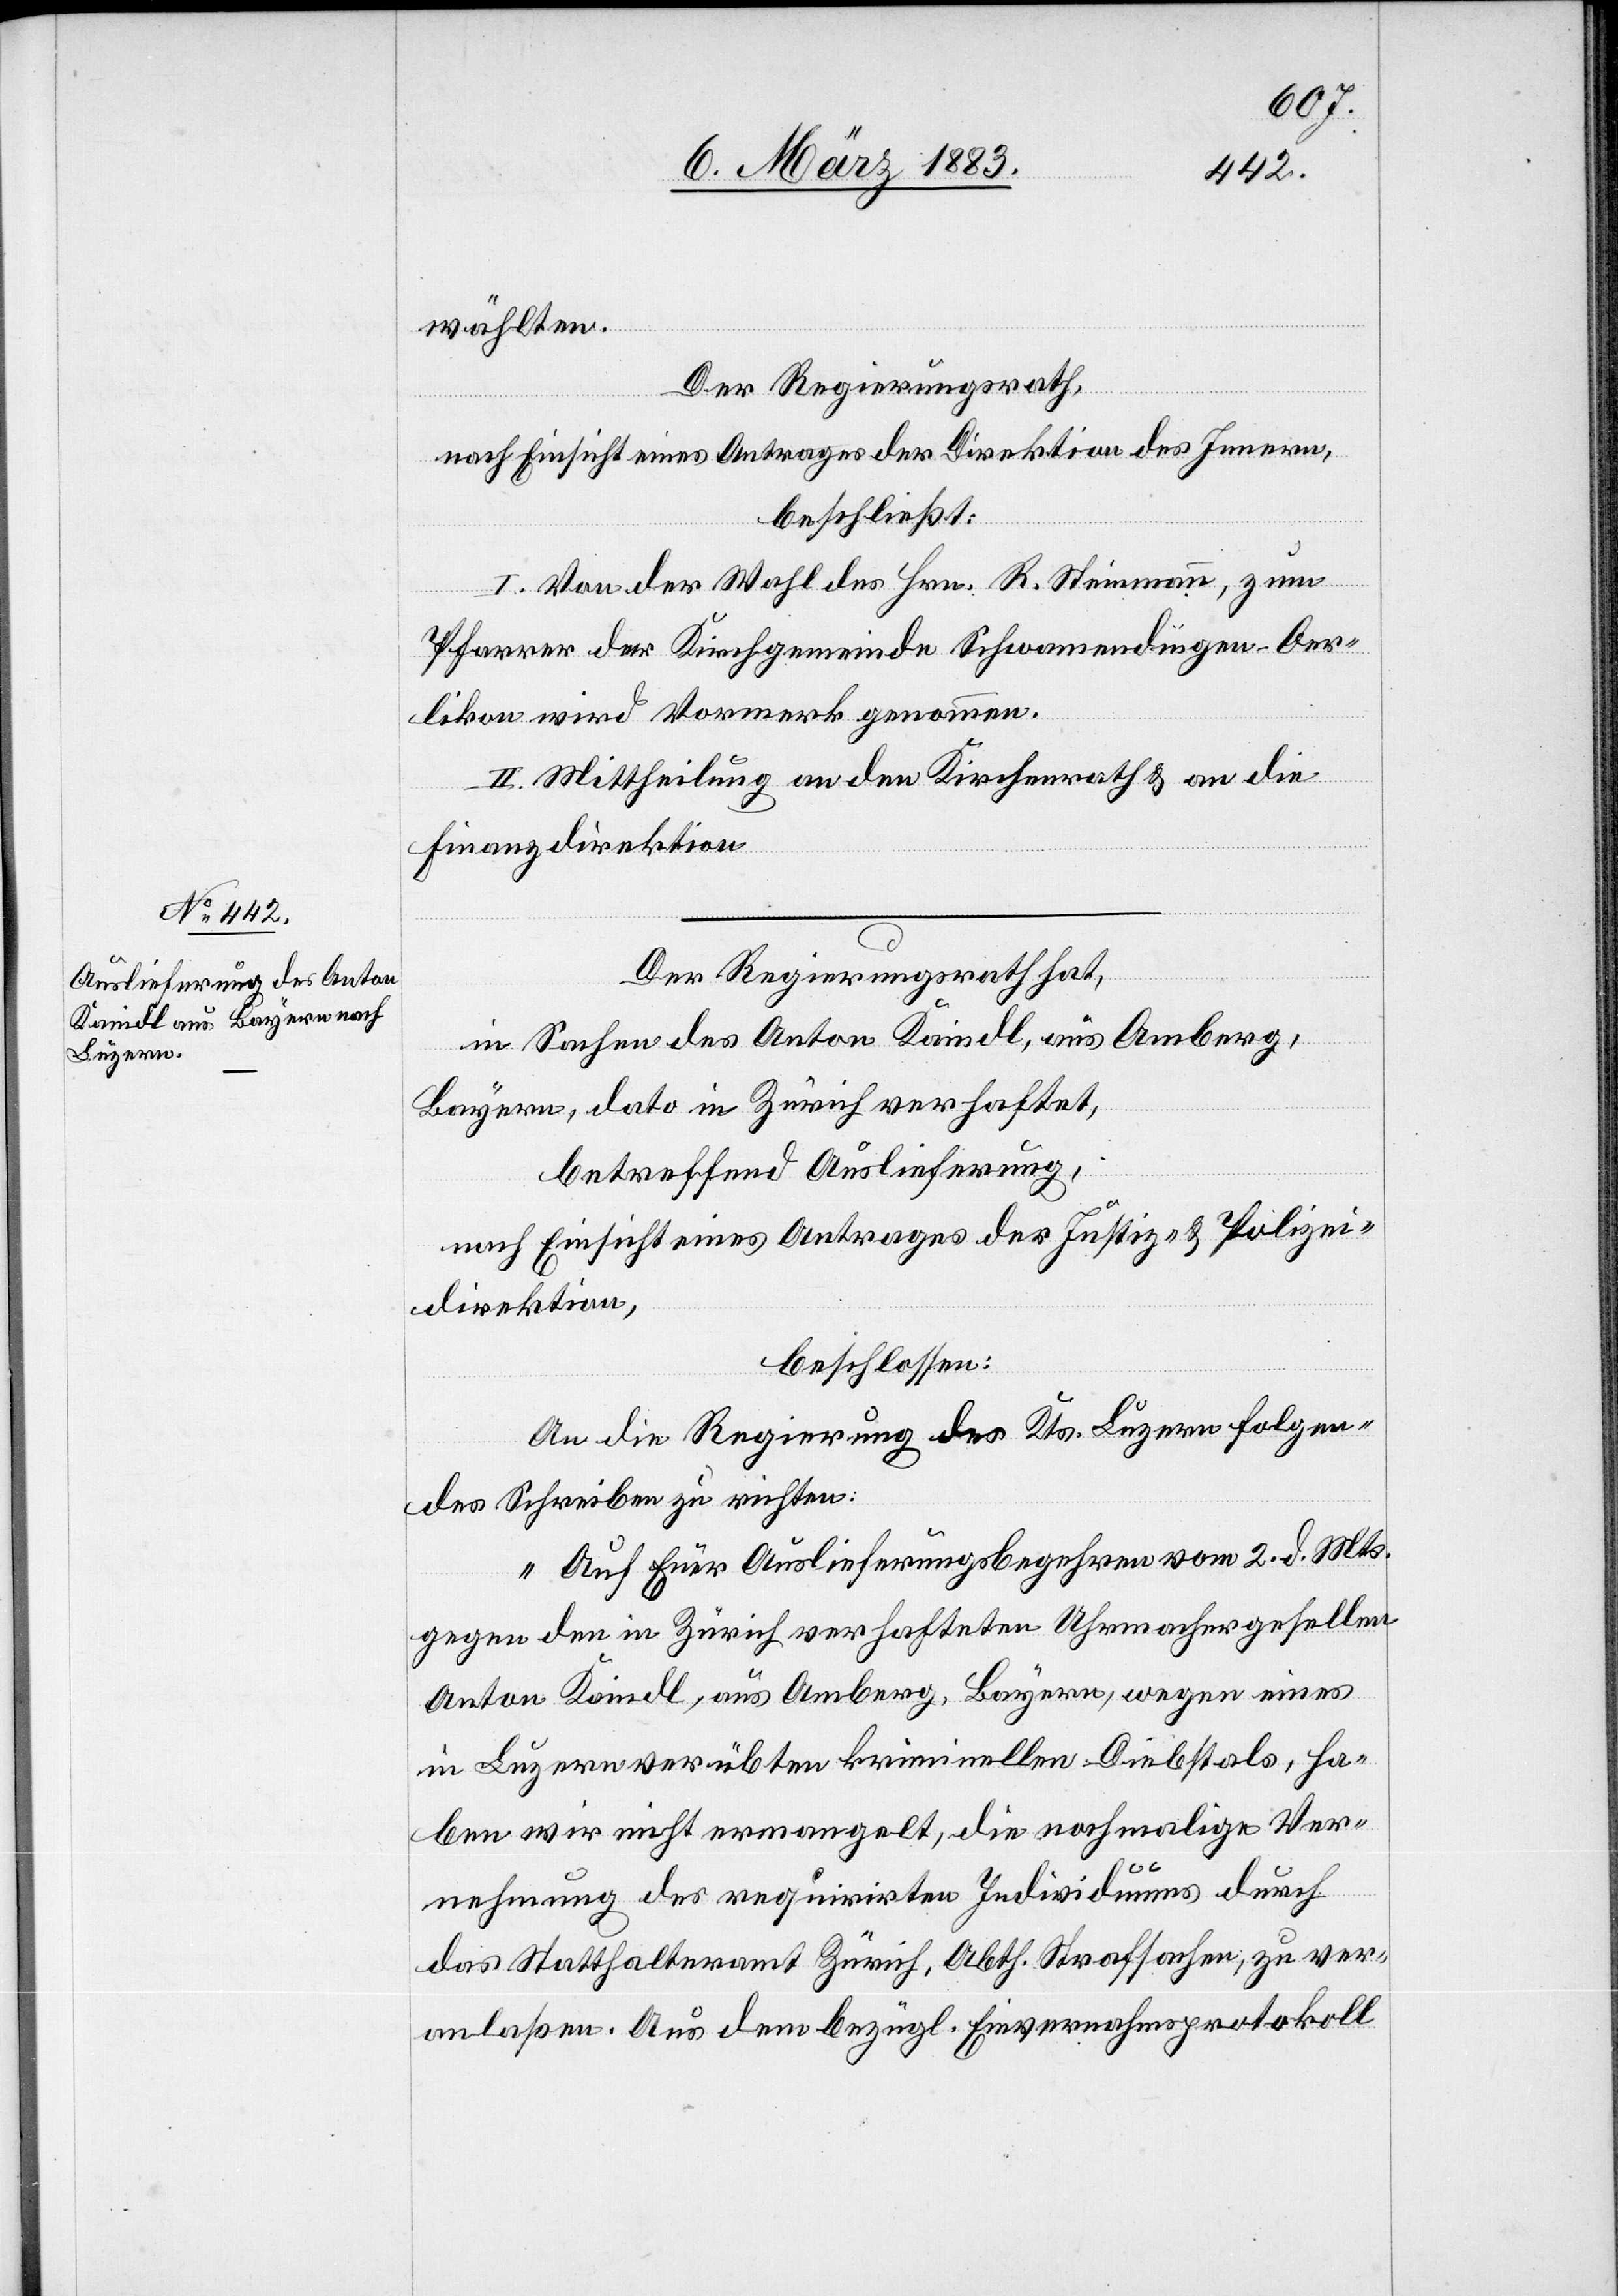
wählten.
Der Regierungsrath,
nach Einsicht eines Antrages der Direktion des Innern,
beschließt:
I. Von der Wahl des Hrn. R. Steinmann, zum
Pfarrer der Kirchgemeinde Schwamendingen-Oer¬
likon wird Vormerk genommen.
II. Mittheilung an den Kirchenrath & an die
Finanzdirektion.
Der Regierungsrath hat,
in Sachen des Anton Kaindl, aus Amberg,
Bayern, dato in Zürich verhaftet,
betreffend Auslieferung,
nach Einsicht eines Antrages der Justiz- & Polizei¬
direktion,
beschlossen:
An die Regierung des Kts. Luzern folgen¬
des Schreiben zu richten:
„Auf Euer Auslieferungsbegehren vom 2. d. Mts.
gegen den in Zürich verhafteten Uhrmachergesellen
Anton Kaindl, aus Amberg, Bayern, wegen eines
in Luzern verübten kriminellen Diebstals, ha¬
ben wir nicht ermangelt, die nochmalige Ver¬
nehmung des requirirten Individuums durch
das Statthalteramt Zürich, Abth. Strafsachen, zu ver¬
anlaßen. Aus dem bezügl. Einvernahmsprotokoll